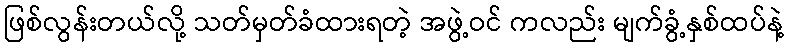
ဖြစ်လွန်းတယ်လို့ သတ်မှတ်ခံထားရတဲ့ အဖွဲ့ဝင် ကလည်း မျက်ခွံ့နှစ်ထပ်နဲ့